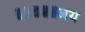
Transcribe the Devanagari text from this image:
॥॥॥॥॥जय